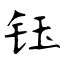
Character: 钰